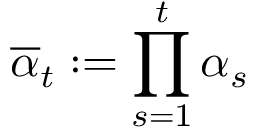
\overline { { \alpha } } _ { t } : = \prod _ { s = 1 } ^ { t } \alpha _ { s }